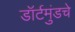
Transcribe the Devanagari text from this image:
डॉर्टमुंडचे